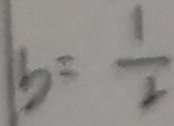
b = \frac { 1 } { 2 }